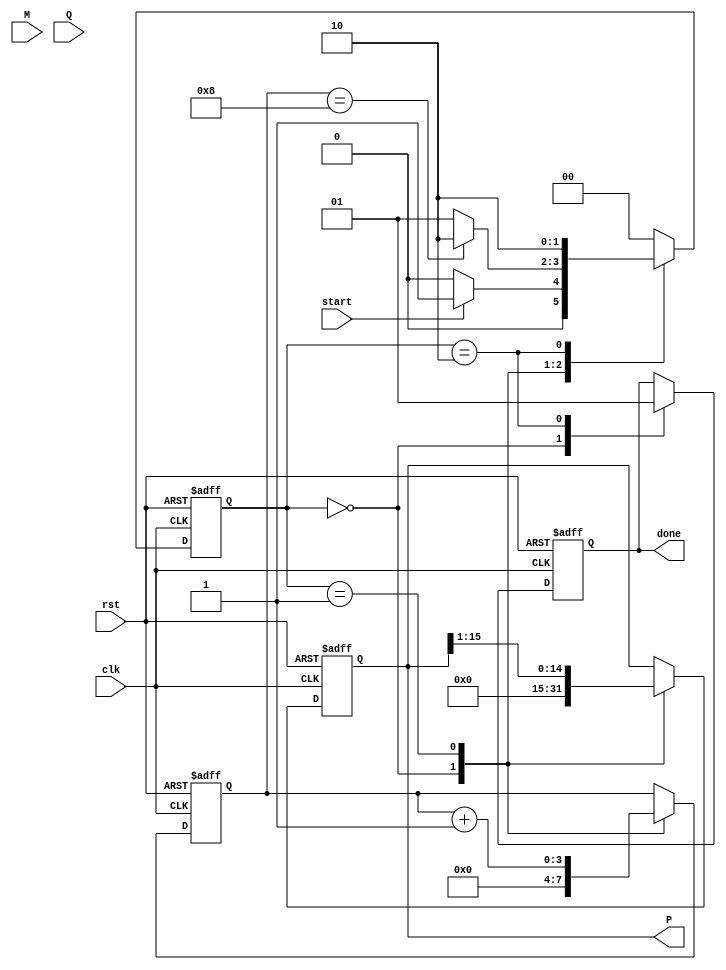
module booth_multiplier #(
    parameter WIDTH = 8 // Width of the inputs (8 bits)
)(
    input wire clk,
    input wire rst,
    input wire start,
    input wire signed [WIDTH-1:0] M, // Multiplicand
    input wire signed [WIDTH-1:0] Q, // Multiplier
    output reg signed [2*WIDTH-1:0] P, // Product
    output reg done // Indicates the completion of multiplication
);

    // Internal Registers
    reg signed [WIDTH-1:0] A; // A Register
    reg signed [WIDTH-1:0] Q_reg; // Q Register
    reg Q_1; // Previous bit of Q
    reg [3:0] count; // Iteration counter

    // Control States
    localparam IDLE = 2'b00;
    localparam EXECUTE = 2'b01;
    localparam DONE = 2'b10;
    reg [1:0] state, next_state;

    // State Transition
    always @(posedge clk or posedge rst) begin
        if (rst) begin
            state <= IDLE;
        end else begin
            state <= next_state;
        end
    end

    // Next State Logic
    always @* begin
        case (state)
            IDLE: begin
                if (start) begin
                    next_state = EXECUTE;
                end else begin
                    next_state = IDLE;
                end
            end
            EXECUTE: begin
                if (count == WIDTH) begin
                    next_state = DONE;
                end else begin
                    next_state = EXECUTE;
                end
            end
            DONE: begin
                next_state = DONE; // Stay in done state
            end
            default: next_state = IDLE;
        endcase
    end

    // Sequential Logic
    always @(posedge clk or posedge rst) begin
        if (rst) begin
            A <= 0;
            Q_reg <= 0;
            Q_1 <= 0;
            P <= 0;
            count <= 0;
            done <= 0;
        end else begin
            case (state)
                IDLE: begin
                    A <= M; // Load multiplicand
                    Q_reg <= Q; // Load multiplier
                    Q_1 <= 0; // Initialize Q-1
                    P <= 0; // Initialize product
                    count <= 0; // Reset count
                    done <= 0; // Reset done signal
                end
                EXECUTE: begin
                    case ({Q_reg[0], Q_1}) // Check Q and Q-1
                        2'b01: P <= P + A; // Add M to P
                        2'b10: P <= P - A; // Subtract M from P
                        2'b00: P <= P; // No operation
                        2'b11: P <= P; // No operation
                    endcase
                    // Arithmetic Right Shift
                    {P, Q_reg} <= {P[2*WIDTH-1], P[2*WIDTH-2:0], Q_reg[WIDTH-1:1]}; // Shift P and Q
                    Q_1 <= Q_reg[0]; // Update Q-1
                    count <= count + 1; // Increment count
                end
                DONE: begin
                    done <= 1; // Set done signal
                end
            endcase
        end
    end
endmodule